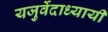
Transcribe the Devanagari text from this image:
यजुर्वेदाध्यायी